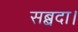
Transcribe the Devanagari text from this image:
सब्बदा।